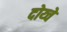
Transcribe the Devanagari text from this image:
दोय्चे